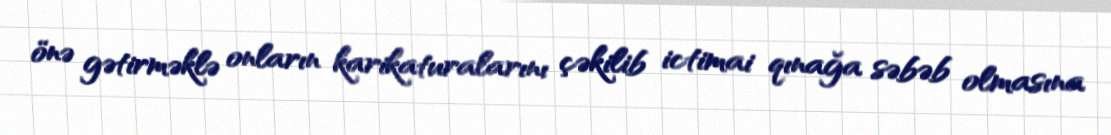
önə gətirməklə onların karikaturalarını çəkilib ictimai qınağa səbəb olmasına